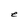
Character: e